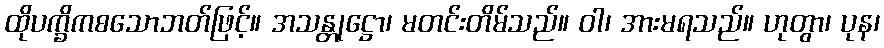
ထိုပက္ခိကစသောဘတ်ဖြင့်။ အသန္တုဋ္ဌော၊ မတင်းတိမ်သည်။ ဝါ၊ အားမရသည်။ ဟုတွာ၊ ပုန၊